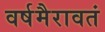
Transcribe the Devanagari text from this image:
वर्षमैरावतं